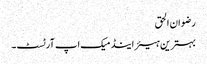
رضوان الحق
بہترین ہیئر اینڈ میک اپ آرٹسٹ۔